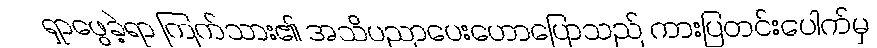
ရှာဖွေခဲ့ရာ ကြက်သား၏ အသိပညာပေးဟောပြောသည် ကားပြတင်းပေါက်မှ